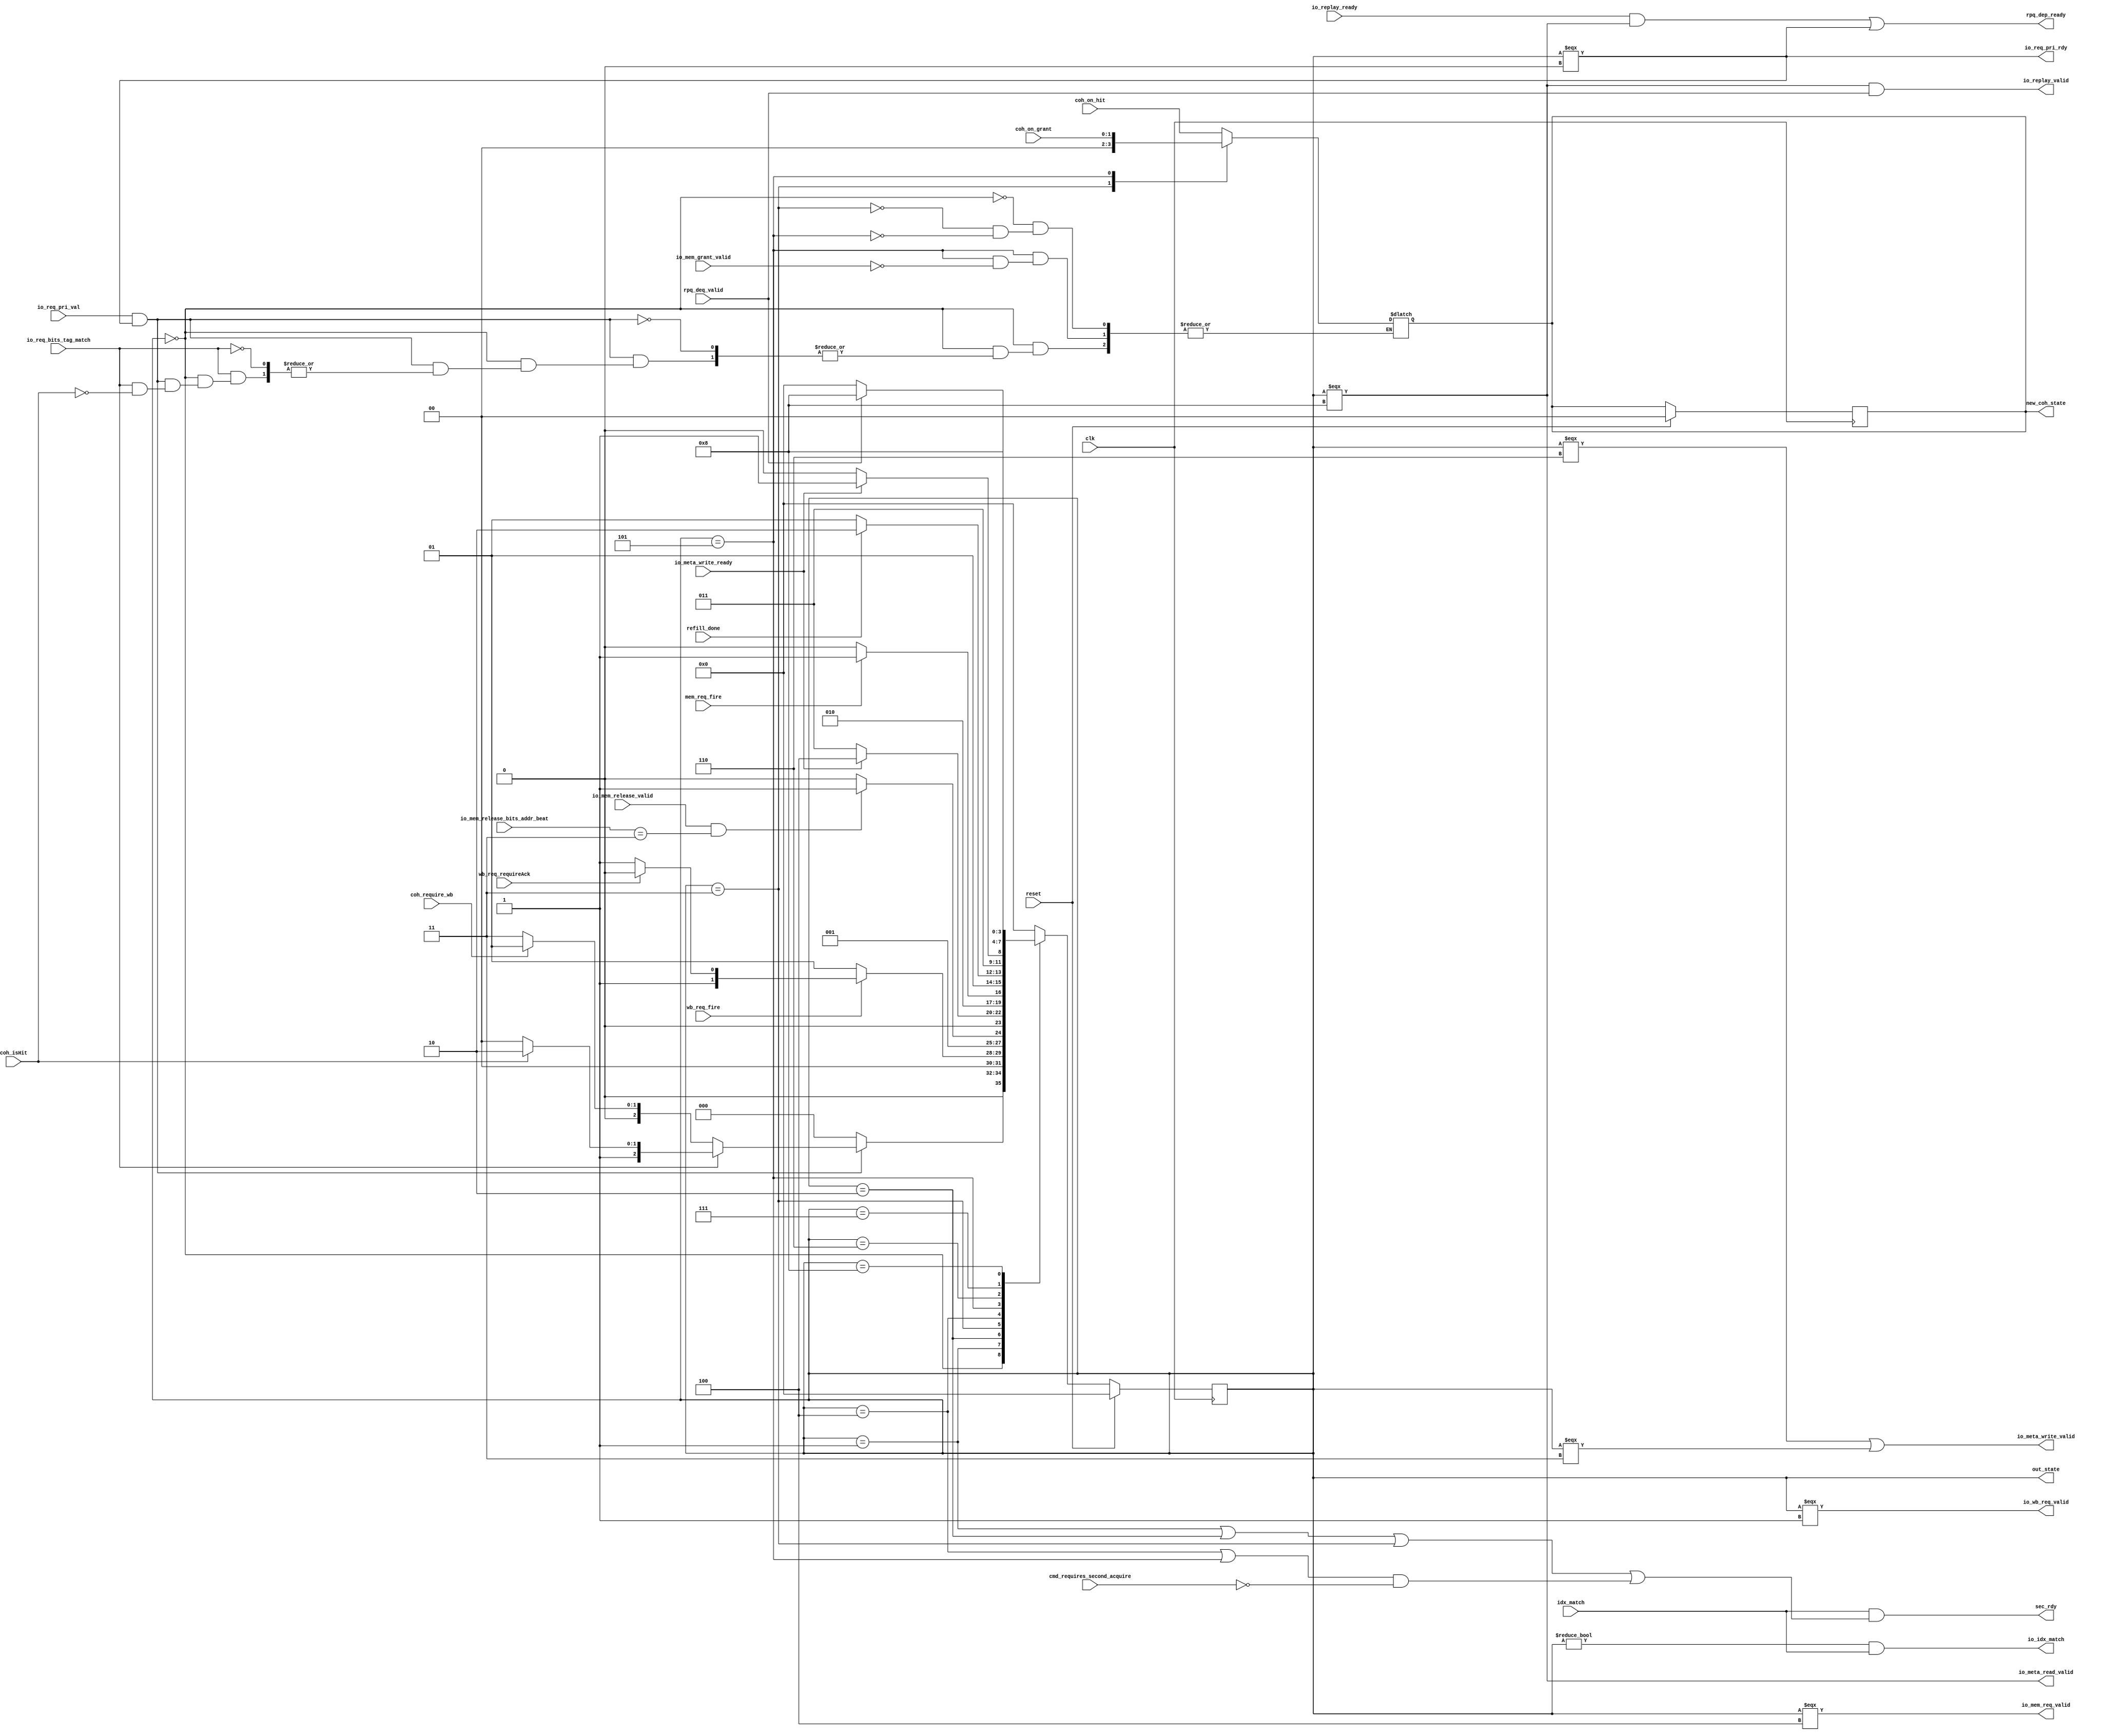
/**************2016/10***********
*Function:MSHR????
*Organization:     MPRC
*Filename:         MSHRstatemachine
*Revision History: v0
********************************/
//-----------definition--------------
`define s_invalid 0
`define s_wb_req 1
`define s_wb_resp 2
`define s_meta_clear 3
`define s_refill_req 4
`define s_refill_resp 5
`define s_meta_write_req 6
`define s_meta_write_resp 7
`define s_drain_rpq 8
//------------module:MSHR_State------------
module mprcMSHR_State(
	input clk, 
	input reset,
	
	input io_req_pri_val,
	input io_req_bits_tag_match,
	input io_mem_grant_valid,
	input io_meta_write_ready,
	input io_replay_ready,
	
	input idx_match,
	input cmd_requires_second_acquire,
	
	input coh_isHit,
	input coh_require_wb,
	input wb_req_fire,
	input wb_req_requireAck,
	input mem_req_fire,
	
	input rpq_deq_valid,
	input refill_done,
	
	input[1:0] coh_on_grant,
	input[1:0] coh_on_hit,
	//input mshr_io_idx_match,
	
	output io_wb_req_valid,
	output io_meta_write_valid,
	output io_mem_req_valid,
	output io_meta_read_valid,
	output io_replay_valid,
	output io_idx_match,
	output io_req_pri_rdy,
	output rpq_dep_ready,
	
	output[1:0] new_coh_state,
	output sec_rdy,
	
	output [3:0] out_state,
	//output req_cmd
	
	
	input io_mem_release_valid,
  input[1:0] io_mem_release_bits_addr_beat
);
	reg[3:0] cur_state,next_state;
	//wire idx_match;
	//reg[1:0] coh_state;
	//wire sec_rdy;
	reg[1:0] coh_state;
	
	always @(*)  begin
	
		case (cur_state)
			//0000
			`s_invalid: begin
				if(io_req_pri_val && io_req_pri_rdy) begin
					if(io_req_bits_tag_match) begin//hit
						if(coh_isHit) begin//just need to modify local cache coh state
							next_state=`s_meta_write_req; 
							coh_state=coh_on_hit; //new_coh_state
						end
						else
							next_state=`s_refill_req; // need to modify other caches coh state
					end	
					else begin//miss
						next_state=coh_require_wb?`s_wb_req:`s_meta_clear;
					end
				end
				else
					next_state=`s_invalid; 
			end
			//0001
			`s_wb_req: begin
				if(wb_req_fire) 
					next_state=wb_req_requireAck?`s_wb_resp:`s_meta_clear;
				else
					next_state=`s_wb_req;
			end
			
			//0010
			`s_wb_resp: begin                                                      //this place is different the original design
				if(io_mem_release_valid && (io_mem_release_bits_addr_beat == 2'b11))//the original design : if(io_mem_grant_valid)
					next_state=`s_meta_clear;
				else
					next_state=`s_wb_resp;
			end
		
			//0011
			`s_meta_clear: begin
				coh_state=2'b00;
				if(io_meta_write_ready) begin
					next_state=`s_refill_req;
				end
				else
					next_state=`s_meta_clear;
			end
		
			//0100
			`s_refill_req: begin
				if(mem_req_fire)
					next_state=`s_refill_resp;
				else
					next_state=`s_refill_req;
			end
			
			//0101
			`s_refill_resp: begin
				if(refill_done)
					next_state=`s_meta_write_req;
				else
					next_state=`s_refill_resp;
				if(io_mem_grant_valid) 
					coh_state=coh_on_grant;
			end
			
			//0110
			`s_meta_write_req: begin
				if(io_meta_write_ready)
					next_state=`s_meta_write_resp;
				else
					next_state=`s_meta_write_req;
			end
				
			//0111
			`s_meta_write_resp: begin
				next_state=`s_drain_rpq;
			end
			
			//1000
			`s_drain_rpq: begin
				if(!rpq_deq_valid)
					next_state=`s_invalid;
				else
					next_state=`s_drain_rpq;
			end
			
			default: begin
				next_state=`s_invalid;
			end
		endcase
	end
	
	always @(posedge clk) begin
		if(reset) begin 
			cur_state<=`s_invalid;
			coh_state<=2'b00;
		end
		else
			cur_state<=next_state;
	end
  
  assign out_state = cur_state;	
	assign rpq_dep_ready = (io_replay_ready && cur_state===`s_drain_rpq) || cur_state===`s_invalid;
	assign io_req_pri_rdy = cur_state===`s_invalid;
	assign io_meta_write_valid = cur_state===`s_meta_write_req || cur_state===`s_meta_clear;
	assign new_coh_state = coh_state; 
	assign io_wb_req_valid = cur_state === `s_wb_req;
	assign io_mem_req_valid = cur_state ===`s_refill_req;
	assign io_meta_read_valid = cur_state ===`s_drain_rpq;
	assign io_replay_valid = cur_state ===`s_drain_rpq && rpq_deq_valid;
	assign sec_rdy=idx_match && ((cur_state == `s_wb_req || cur_state == `s_wb_resp || cur_state == `s_meta_clear) || ((cur_state == `s_refill_req || cur_state == `s_refill_resp) &&  !cmd_requires_second_acquire));
	assign io_idx_match = (cur_state != `s_invalid) && idx_match;
			
endmodule